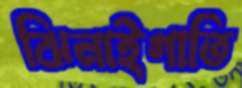
ঝিনাইগাতি